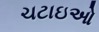
ચટાઇઓ